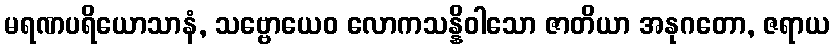
မရဏပရိယောသာနံ, သဗ္ဗောယေဝ လောကသန္နိဝါသော ဇာတိယာ အနုဂတော, ဇရာယ